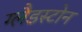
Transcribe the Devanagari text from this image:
ग्‍लैडस्‍टोन